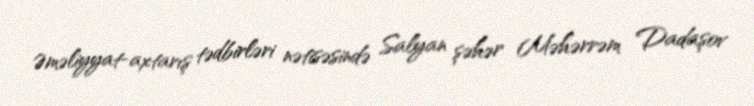
Əməliyyat-axtarış tədbirləri nətisəsində Salyan şəhər Məhərrəm Dadaşov